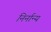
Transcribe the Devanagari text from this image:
निर्नान्य